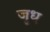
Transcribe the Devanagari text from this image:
जुध